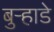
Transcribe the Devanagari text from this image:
बुऱ्हाडे